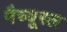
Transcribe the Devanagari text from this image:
नैच्यूरल